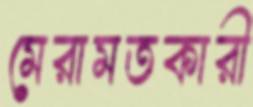
মেরামতকারী